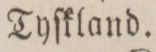
Tyſkland.